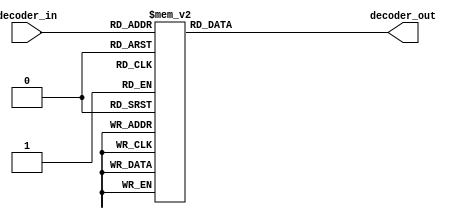
module sevenSegDecoder (
  //inputs
  decoder_in,
  //outputs
  decoder_out);
  
  input [4:0] decoder_in;
  output [6:0] decoder_out;
  reg [6:0] decoder_out;

  always @ (decoder_in)
    begin
      case(decoder_in)
	//0
        4'b0000 :  decoder_out = 7'b1000000;

	//1
        4'b0001 :  decoder_out = 7'b1111001;

	//2
        4'b0010 :  decoder_out = 7'b0100100;

	//3
        4'b0011 :  decoder_out = 7'b0110000;

	//4
        4'b0100 :  decoder_out = 7'b0011001;

	//5
        4'b0101 :  decoder_out = 7'b0010010;

	//6   
        4'b0110 :  decoder_out = 7'b0000010;

	//7
        4'b0111 :  decoder_out = 7'b1111000;

	//8
        4'b1000 :  decoder_out = 7'b0000000;

	//9
        4'b1001 :  decoder_out = 7'b0011000;
		
	//10 = a
        4'b1010 :  decoder_out = 7'b0100000;
		
	//11 = b
        4'b1011 :  decoder_out = 7'b0000011;
		
	//12 = c
        4'b1100 :  decoder_out = 7'b0100111;
		
	//13 = d
        4'b1101 :  decoder_out = 7'b0100001;
		
	//14 = e
        4'b1110 :  decoder_out = 7'b0000110;
		
	//15 = f
        4'b1111 :  decoder_out = 7'b0001110;
        
        5'b10000 :  decoder_out = 7'b1111111;

	//set default
        default : decoder_out = 7'b1111111;
          
      endcase
    end
endmodule